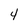
Character: 4